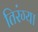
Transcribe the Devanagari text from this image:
तिरंग्या